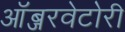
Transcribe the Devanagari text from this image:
ऑब्जरवेटोरी